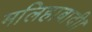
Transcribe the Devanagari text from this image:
मलिहाबादी।